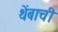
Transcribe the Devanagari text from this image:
थेंबाची